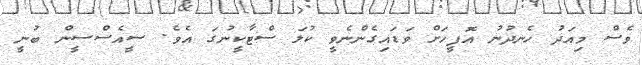
ވެސް މިއަދު ހެނދުނު އޮފީހަށް ވަޑައިގެންނެވީ ކުލަ ސްޓާކީނުގަ އެވެ. ސީއެސްސީން ބުނީ